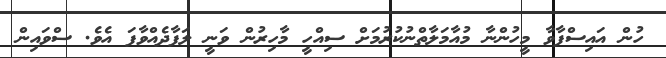
ހުން އައިސްފާވާ މީހުންނާ މުއާމަލާތްނުކުރުމަށް ސިއްހީ މާހިރުން ވަނީ ލަފާދެއްވާފަ އެވެ. ސްވައިން